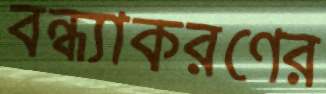
বন্ধ্যাকরণের